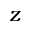
z